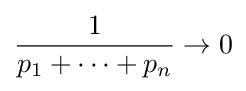
{\frac {1}{p_{1}+\cdots +p_{n}}}\to 0